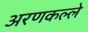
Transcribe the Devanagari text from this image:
अरणकल्ले